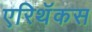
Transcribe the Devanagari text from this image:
एरिथॅकस